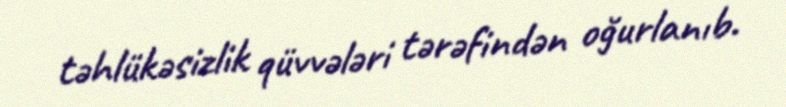
təhlükəsizlik qüvvələri tərəfindən oğurlanıb.